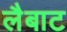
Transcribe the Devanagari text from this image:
लैबाट